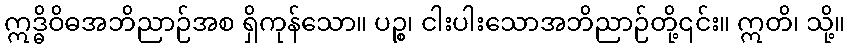
ဣဒ္ဓိဝိဓအဘိညာဉ်အစ ရှိကုန်သော။ ပဉ္စ၊ ငါးပါးသောအဘိညာဉ်တို့၎င်း။ ဣတိ၊ သို့။